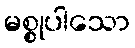
မစ္စုပါသော